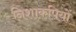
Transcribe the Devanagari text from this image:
निशाकपियों